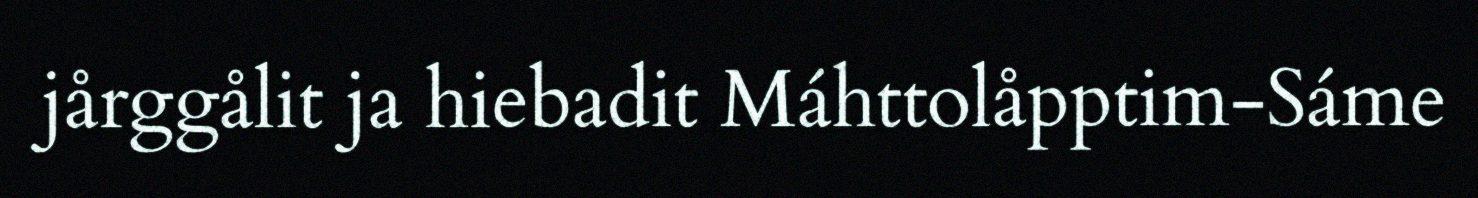
jårggålit ja hiebadit Máhttolåpptim-Sáme